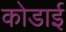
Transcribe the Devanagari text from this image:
कोडाई